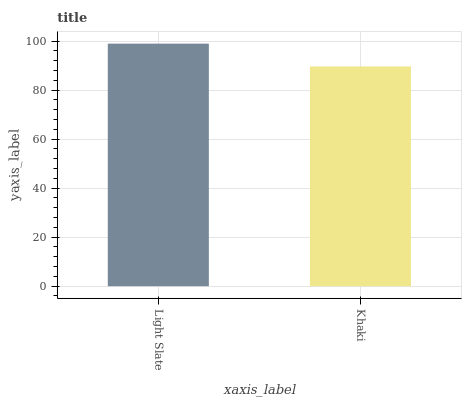
| xaxis_label | bars |
 | --- | --- |
 | Light Slate | 99 |
 | Khaki | 89.7 |